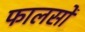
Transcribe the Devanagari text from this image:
फालसों